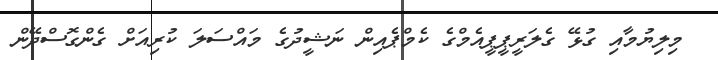
މިލިޔުމާއި ގުޅޭ ގެލަރީޕީޕީއެމްގެ ކެމްޕެއިން ނަޝީދުގެ މައްސަލަ ކުރިއަށް ގެންގޮސްދޭން